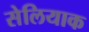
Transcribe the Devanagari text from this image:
सेलियाक